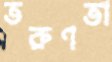
তরুণতা